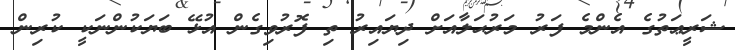
ޝަރީޢަތުގެ އެންމެ ފަރު މަރުޙަލާއަށް ދިޔައިރު ތި ފޮރުވިގެން އުޅޭ ބަޔަކުންނަކީ ކުރިން